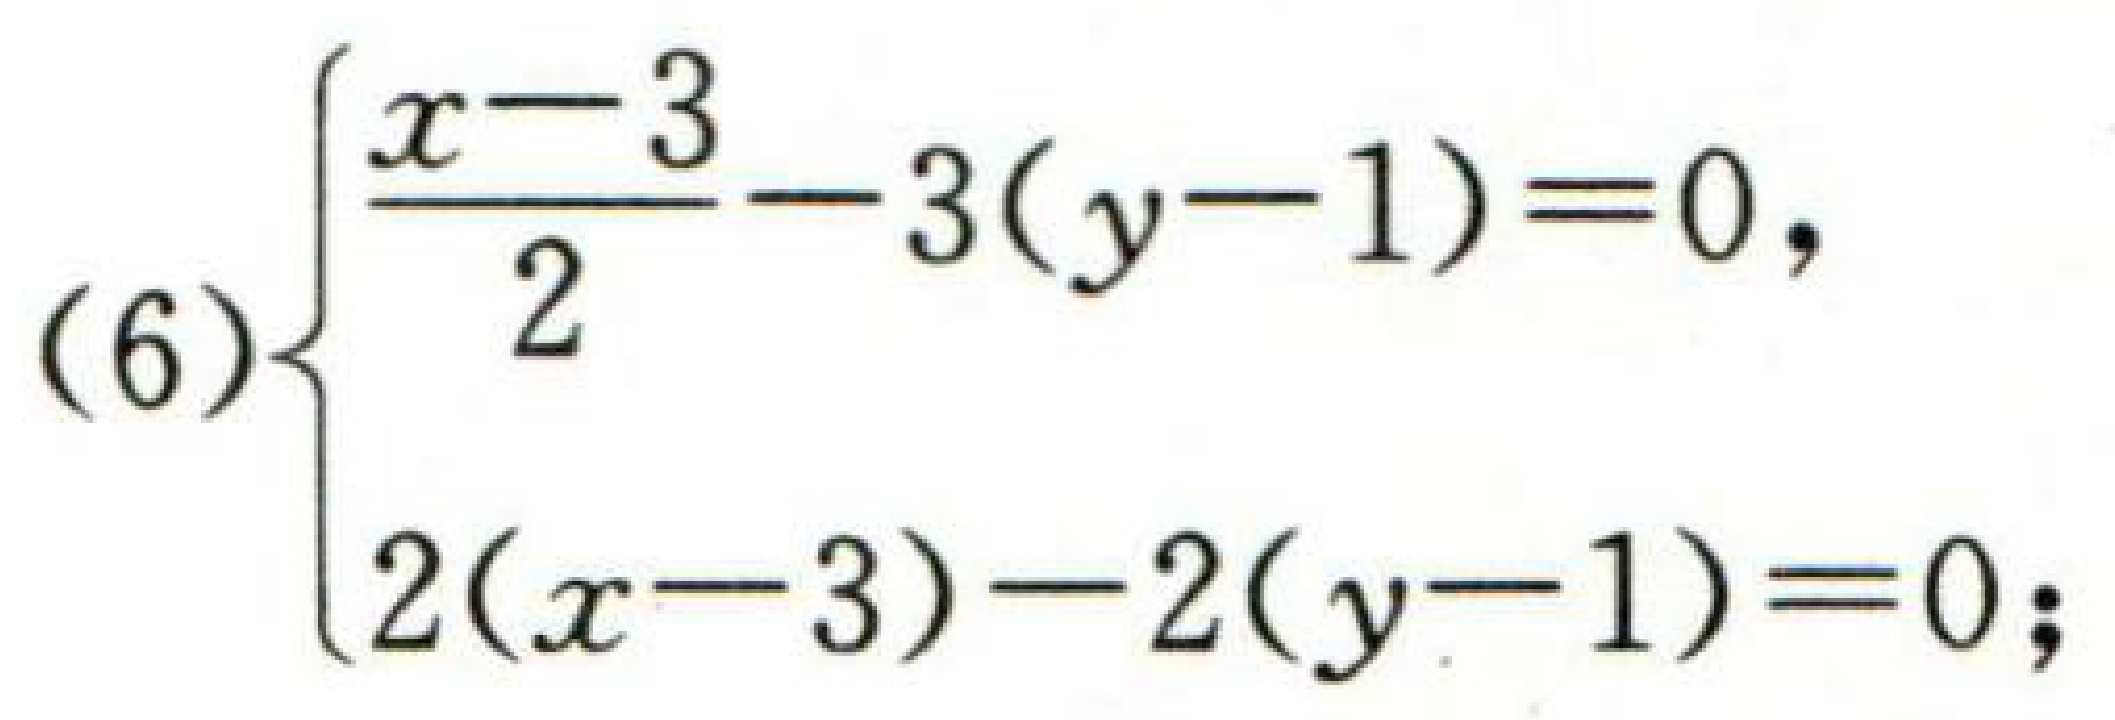
\[(6)\begin{cases}

\frac{x - 3}{2}-3(y - 1)=0,\\

2(x - 3)-2(y - 1)=0;

\end{cases}\]